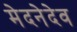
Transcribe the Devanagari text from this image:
मेदनेदेव